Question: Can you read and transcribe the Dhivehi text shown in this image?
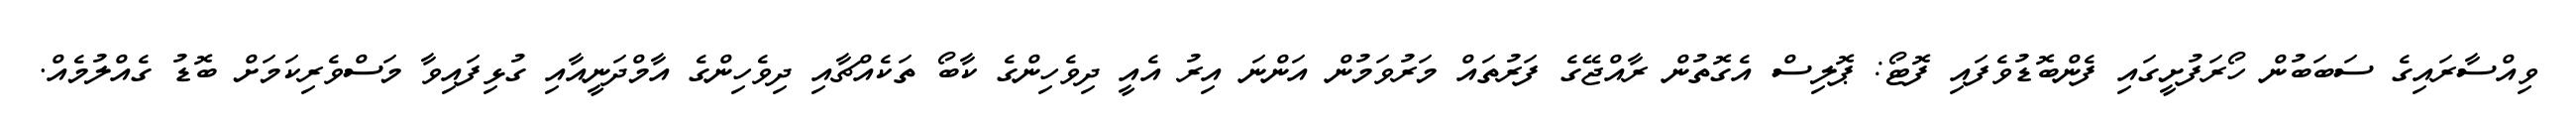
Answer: ވިއްސާރައިގެ ސަބަބުން ހޯރަފުށީގައި ފެންބޮޑުވެފައި ފޮޓޯ: ޕޮލިސް އެގޮތުން ރާއްޖޭގެ ފަރުތައް މަރުވަމުން އަންނަ އިރު އެއީ ދިވެހިންގެ ކާބޯ ތަކެއްޗާއި ދިވެހިންގެ އާމްދަނީއާއި ގުޅިފައިވާ މަސްވެރިކަމަށް ބޮޑު ގެއްލުމެއް.